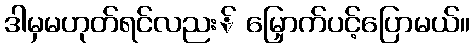
ဒါမှမဟုတ်ရင်လညး် မြှောက်ပင့်ပြောမယ်။